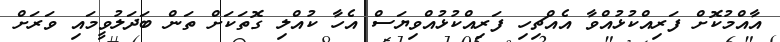
އާއްމުކޮށް ފަރިއްކުޅުއްވާ އެއްޗިހި ފަރިއްކުޅުއްވިޔަސް އެހާ ކުއްލި ގޮތަކަށް ތަން ބަދަލުވީމައި ވަރަށް